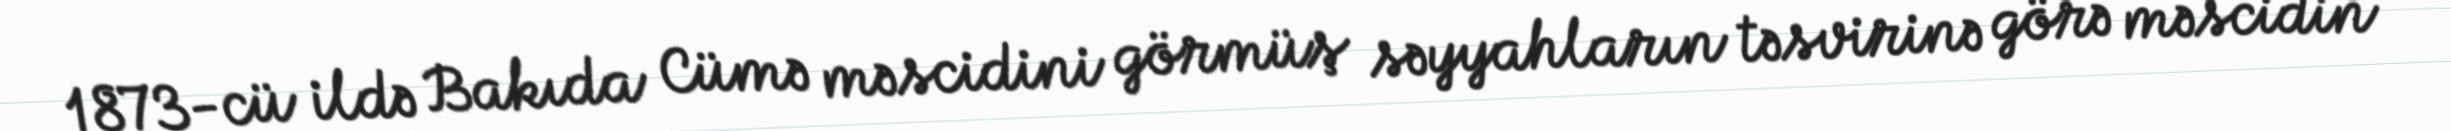
1873-cü ildə Bakıda Cümə məscidini görmüş səyyahların təsvirinə görə məscidin